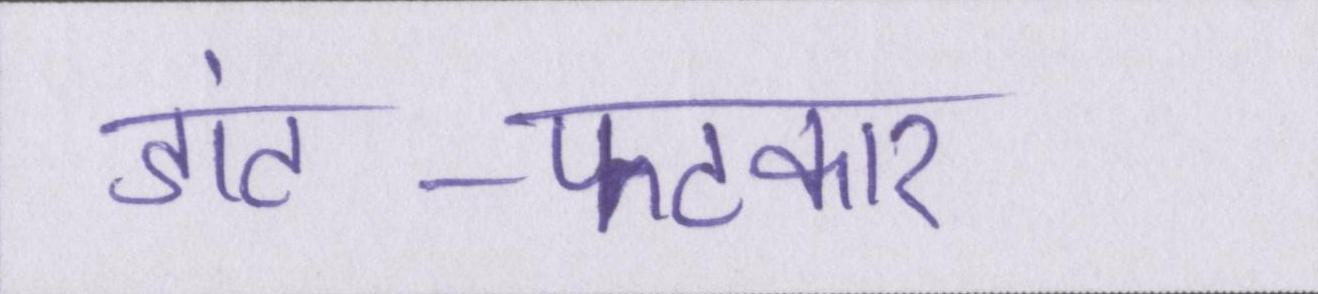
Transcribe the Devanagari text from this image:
डांट-फटकार